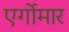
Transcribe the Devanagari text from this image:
एर्गोमार